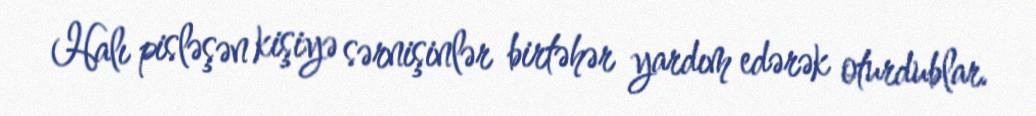
Halı pisləşən kişiyə sərnişinlər birtəhər yardım edərək oturdublar.